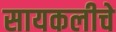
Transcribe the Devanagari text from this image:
सायकलीचे